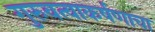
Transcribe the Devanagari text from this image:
गुरुवत्वाकर्षणाचा